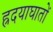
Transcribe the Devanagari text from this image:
ह्रदयाघातों